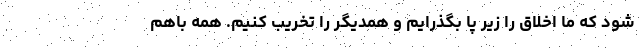
شود که ما اخلاق را زیر پا بگذرایم و همدیگر را تخریب کنیم. همه باهم